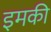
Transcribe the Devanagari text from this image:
इमकी